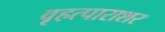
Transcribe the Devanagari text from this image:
वृहत्पाराशर